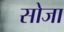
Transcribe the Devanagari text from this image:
सोजा